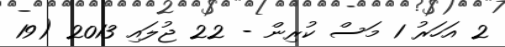
2 އަހަރު 1 މަސް ކުރިން - 22 ޖުލައި 2013 (19